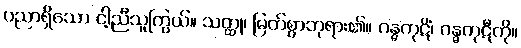
ပညာရှိသော ငါ့ညီသူကြွယ်။ သတ္ထု၊ မြတ်စွာဘုရား၏။ ဂန္ဓကုဋိံ၊ ဂန္ဓကုဋီကို။